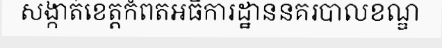
សង្កាត់ខេត្តកំពតអធិការដ្ឋាននគរបាលខណ្ឌ